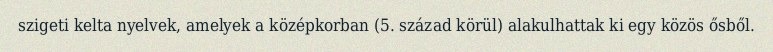
szigeti kelta nyelvek, amelyek a középkorban (5. század körül) alakulhattak ki egy közös ősből.